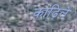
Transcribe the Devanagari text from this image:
काढिले